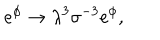
{ e ^ { \phi } \rightarrow { \lambda } ^ { 3 } { \sigma } ^ { - 3 } e ^ { \phi } , }